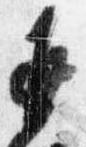
返